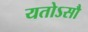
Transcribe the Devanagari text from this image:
यतोऽसौ